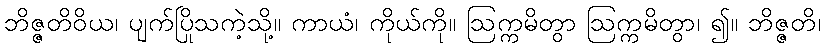
ဘိဇ္ဇတိဝိယ၊ ပျက်ပြိုသကဲ့သို့။ ကာယံ၊ ကိုယ်ကို။ ဩက္ကမိတွာ ဩက္ကမိတွာ၊ ၍။ ဘိဇ္ဇတိ၊